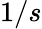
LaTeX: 1/s